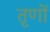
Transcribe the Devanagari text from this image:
तृणों